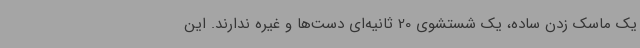
یک ماسک زدن ساده، یک شستشوی 20 ثانیه‌ای دست‌ها و غیره ندارند. این